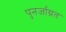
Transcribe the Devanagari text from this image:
पुनर्जाग्रत